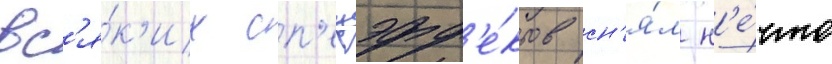
вс'я́к'их сп'ецэфф'е́ктов сн'я́л н'е́что